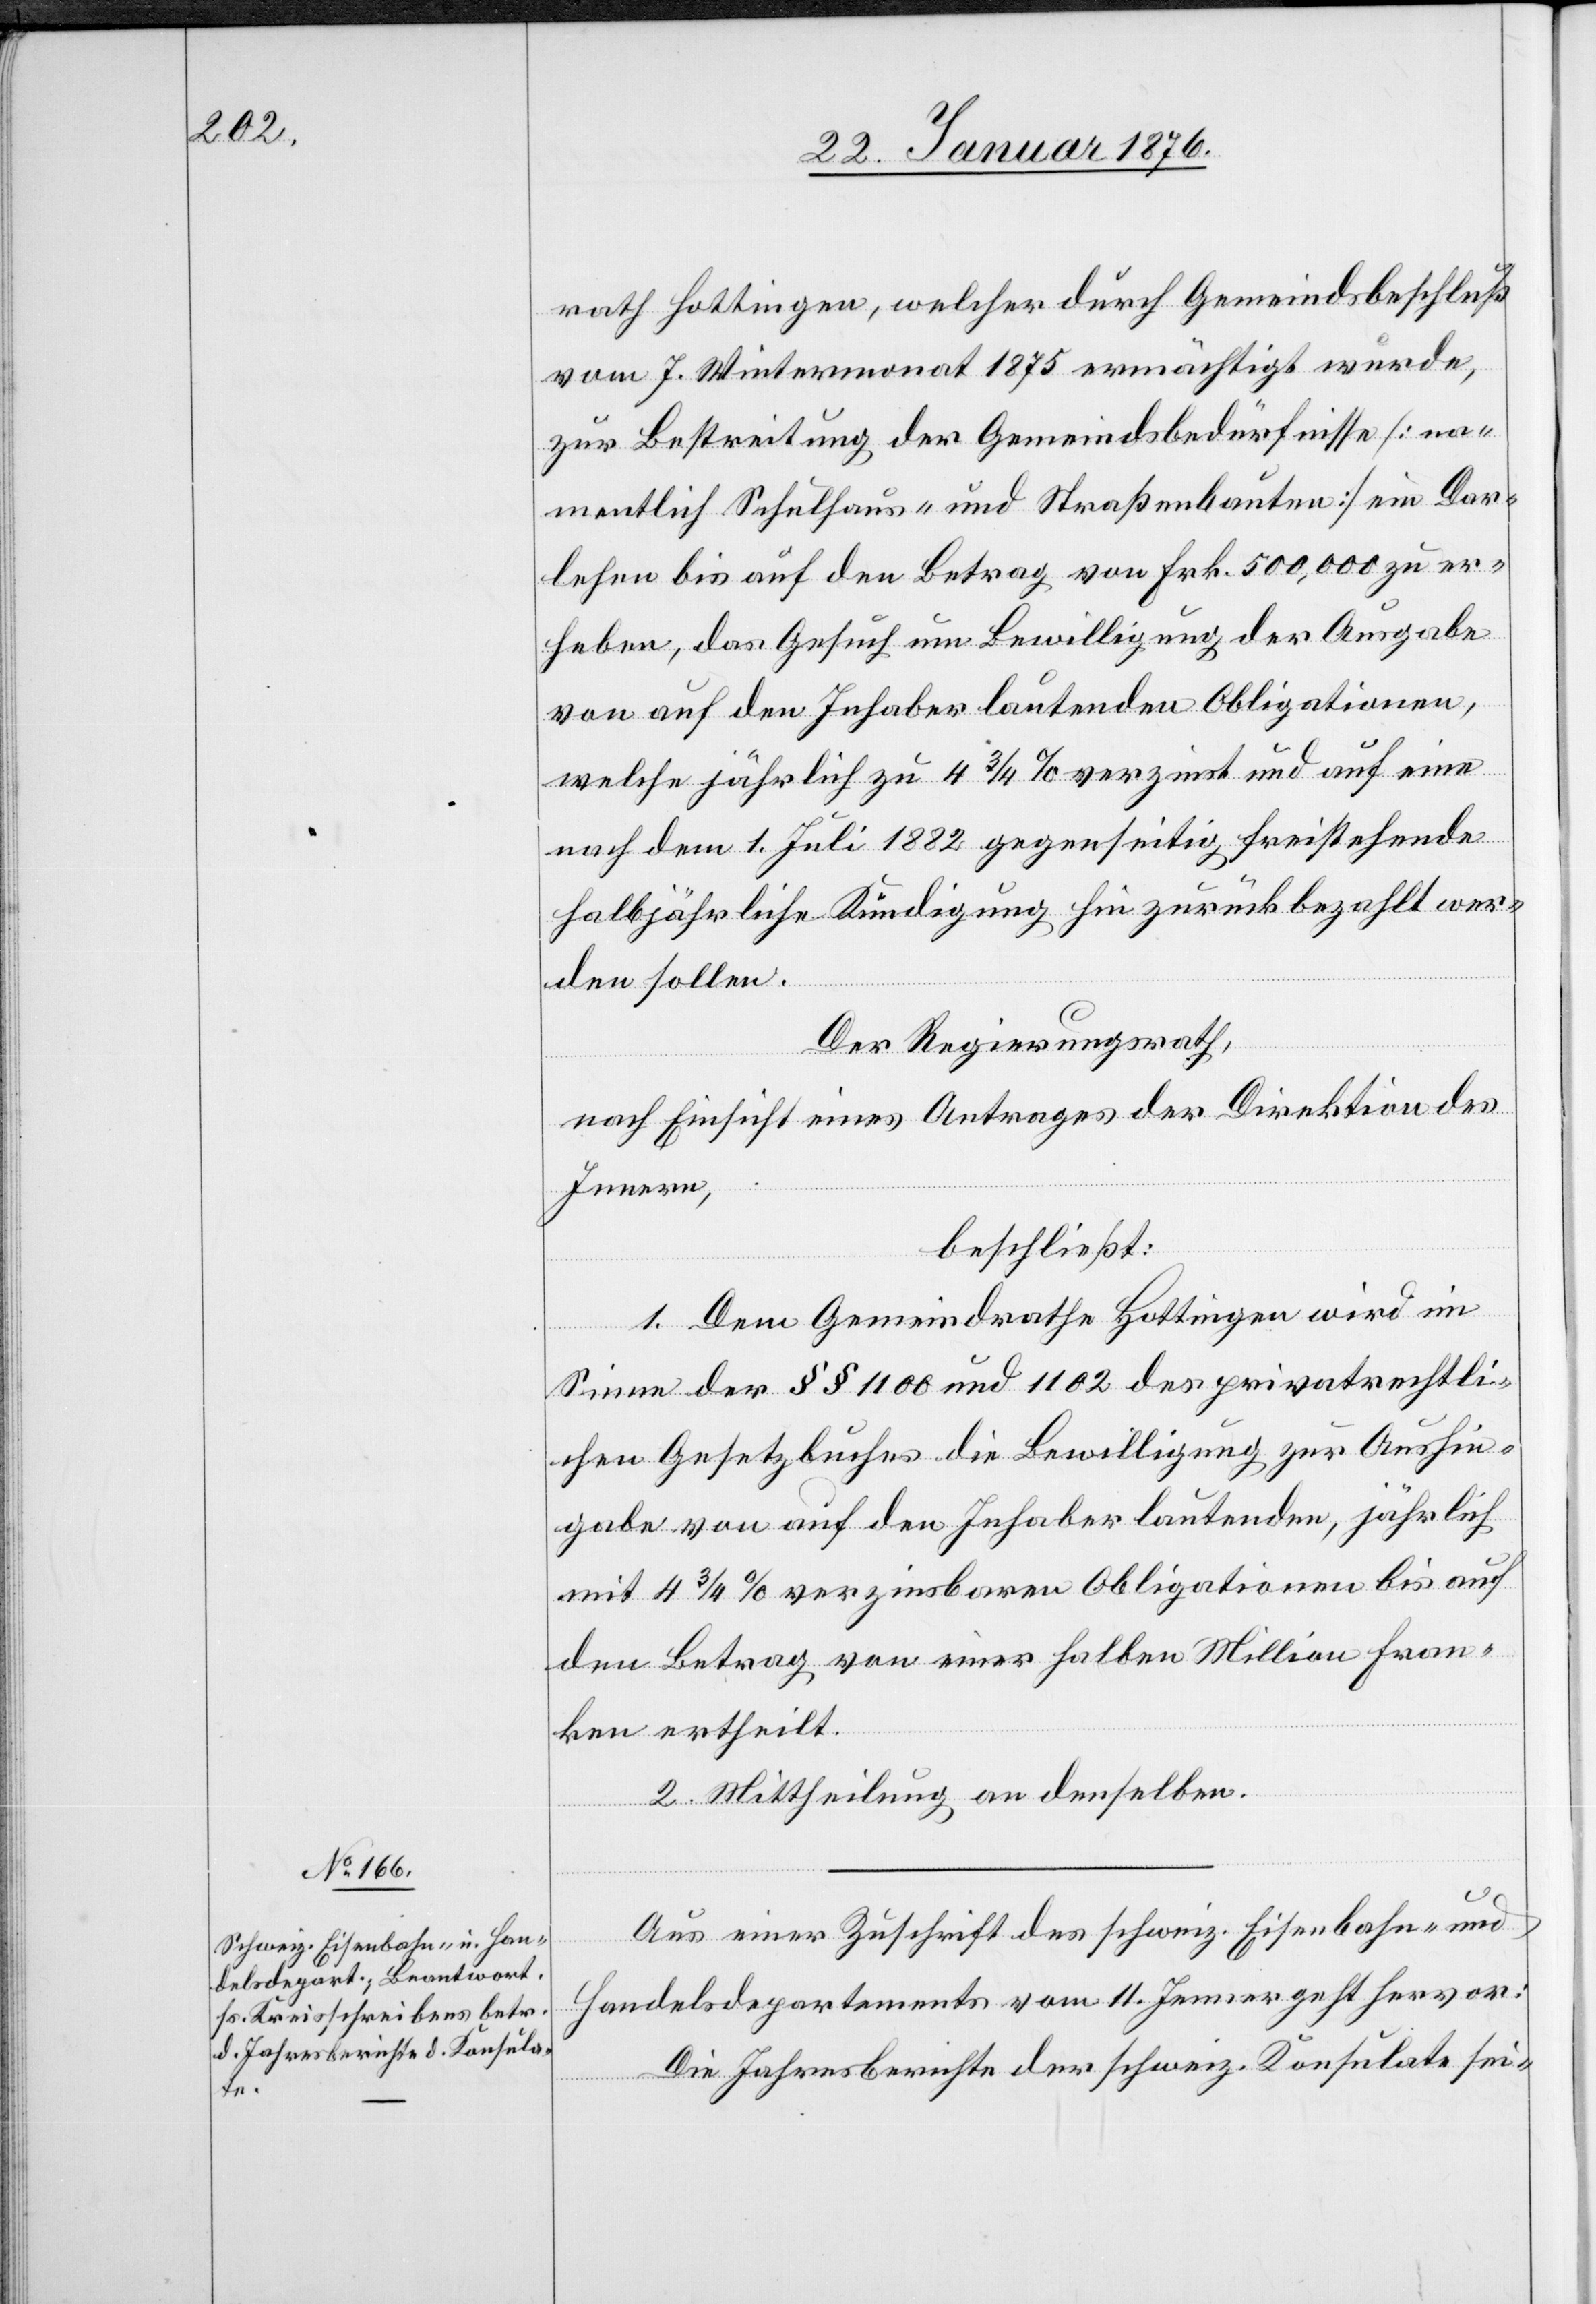
rath Hottingen, welcher durch Gemeindsbeschluß
vom 7. Wintermonat 1875 ermächtigt wurde,
zur Bestreitung der Gemeindsbedürfnisse [na¬
mentlich Schulhaus- und Straßenbauten] ein Dar¬
lehen bis auf den Betrag von Frk. 500,000 zu er¬
heben, das Gesuch um Bewilligung der Ausgabe
von auf den Inhaber lautenden Obligationen,
welche jährlich zu 4 3/4% verzinst und auf eine
nach dem 1. Juli 1882 gegenseitig freistehende
halbjährliche Kündigung hin zurückbezahlt wer¬
den sollen.
Der Regierungsrath,
nach Einsicht eines Antrages der Direktion des
Innern,
beschließt:
1. Dem Gemeindrathe Hottingen wird im
Sinne der §§ 1100 und 1102 des privatrechtli¬
chen Gesetzbuches die Bewilligung zur Aushin¬
gabe vom auf den Inhaber lautenden, jährlichen
mit 4 3/4% verzinsbaren Obligationen bis auf
den Betrag von einer halben Million Fran¬
ken ertheilt.
2. Mittheilung an denselben.
Aus einer Zuschrift des schweiz. Eisenbahn- und
Handelsdepartements vom 11. Jenner geht hervor:
Die Jahresberichte der schweiz. Konsulate sei-